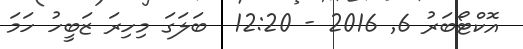
އޮކްޓޯބަރު 6